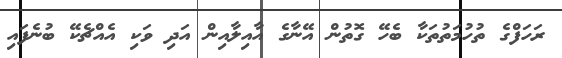
ރަހަފްގެ ތުހުމަތުތަކާ ބެހޭ ގޮތުން އޭނާގެ އާއިލާއިން އަދި ވަކި އެއްޗެކޭ ބުނެފައި